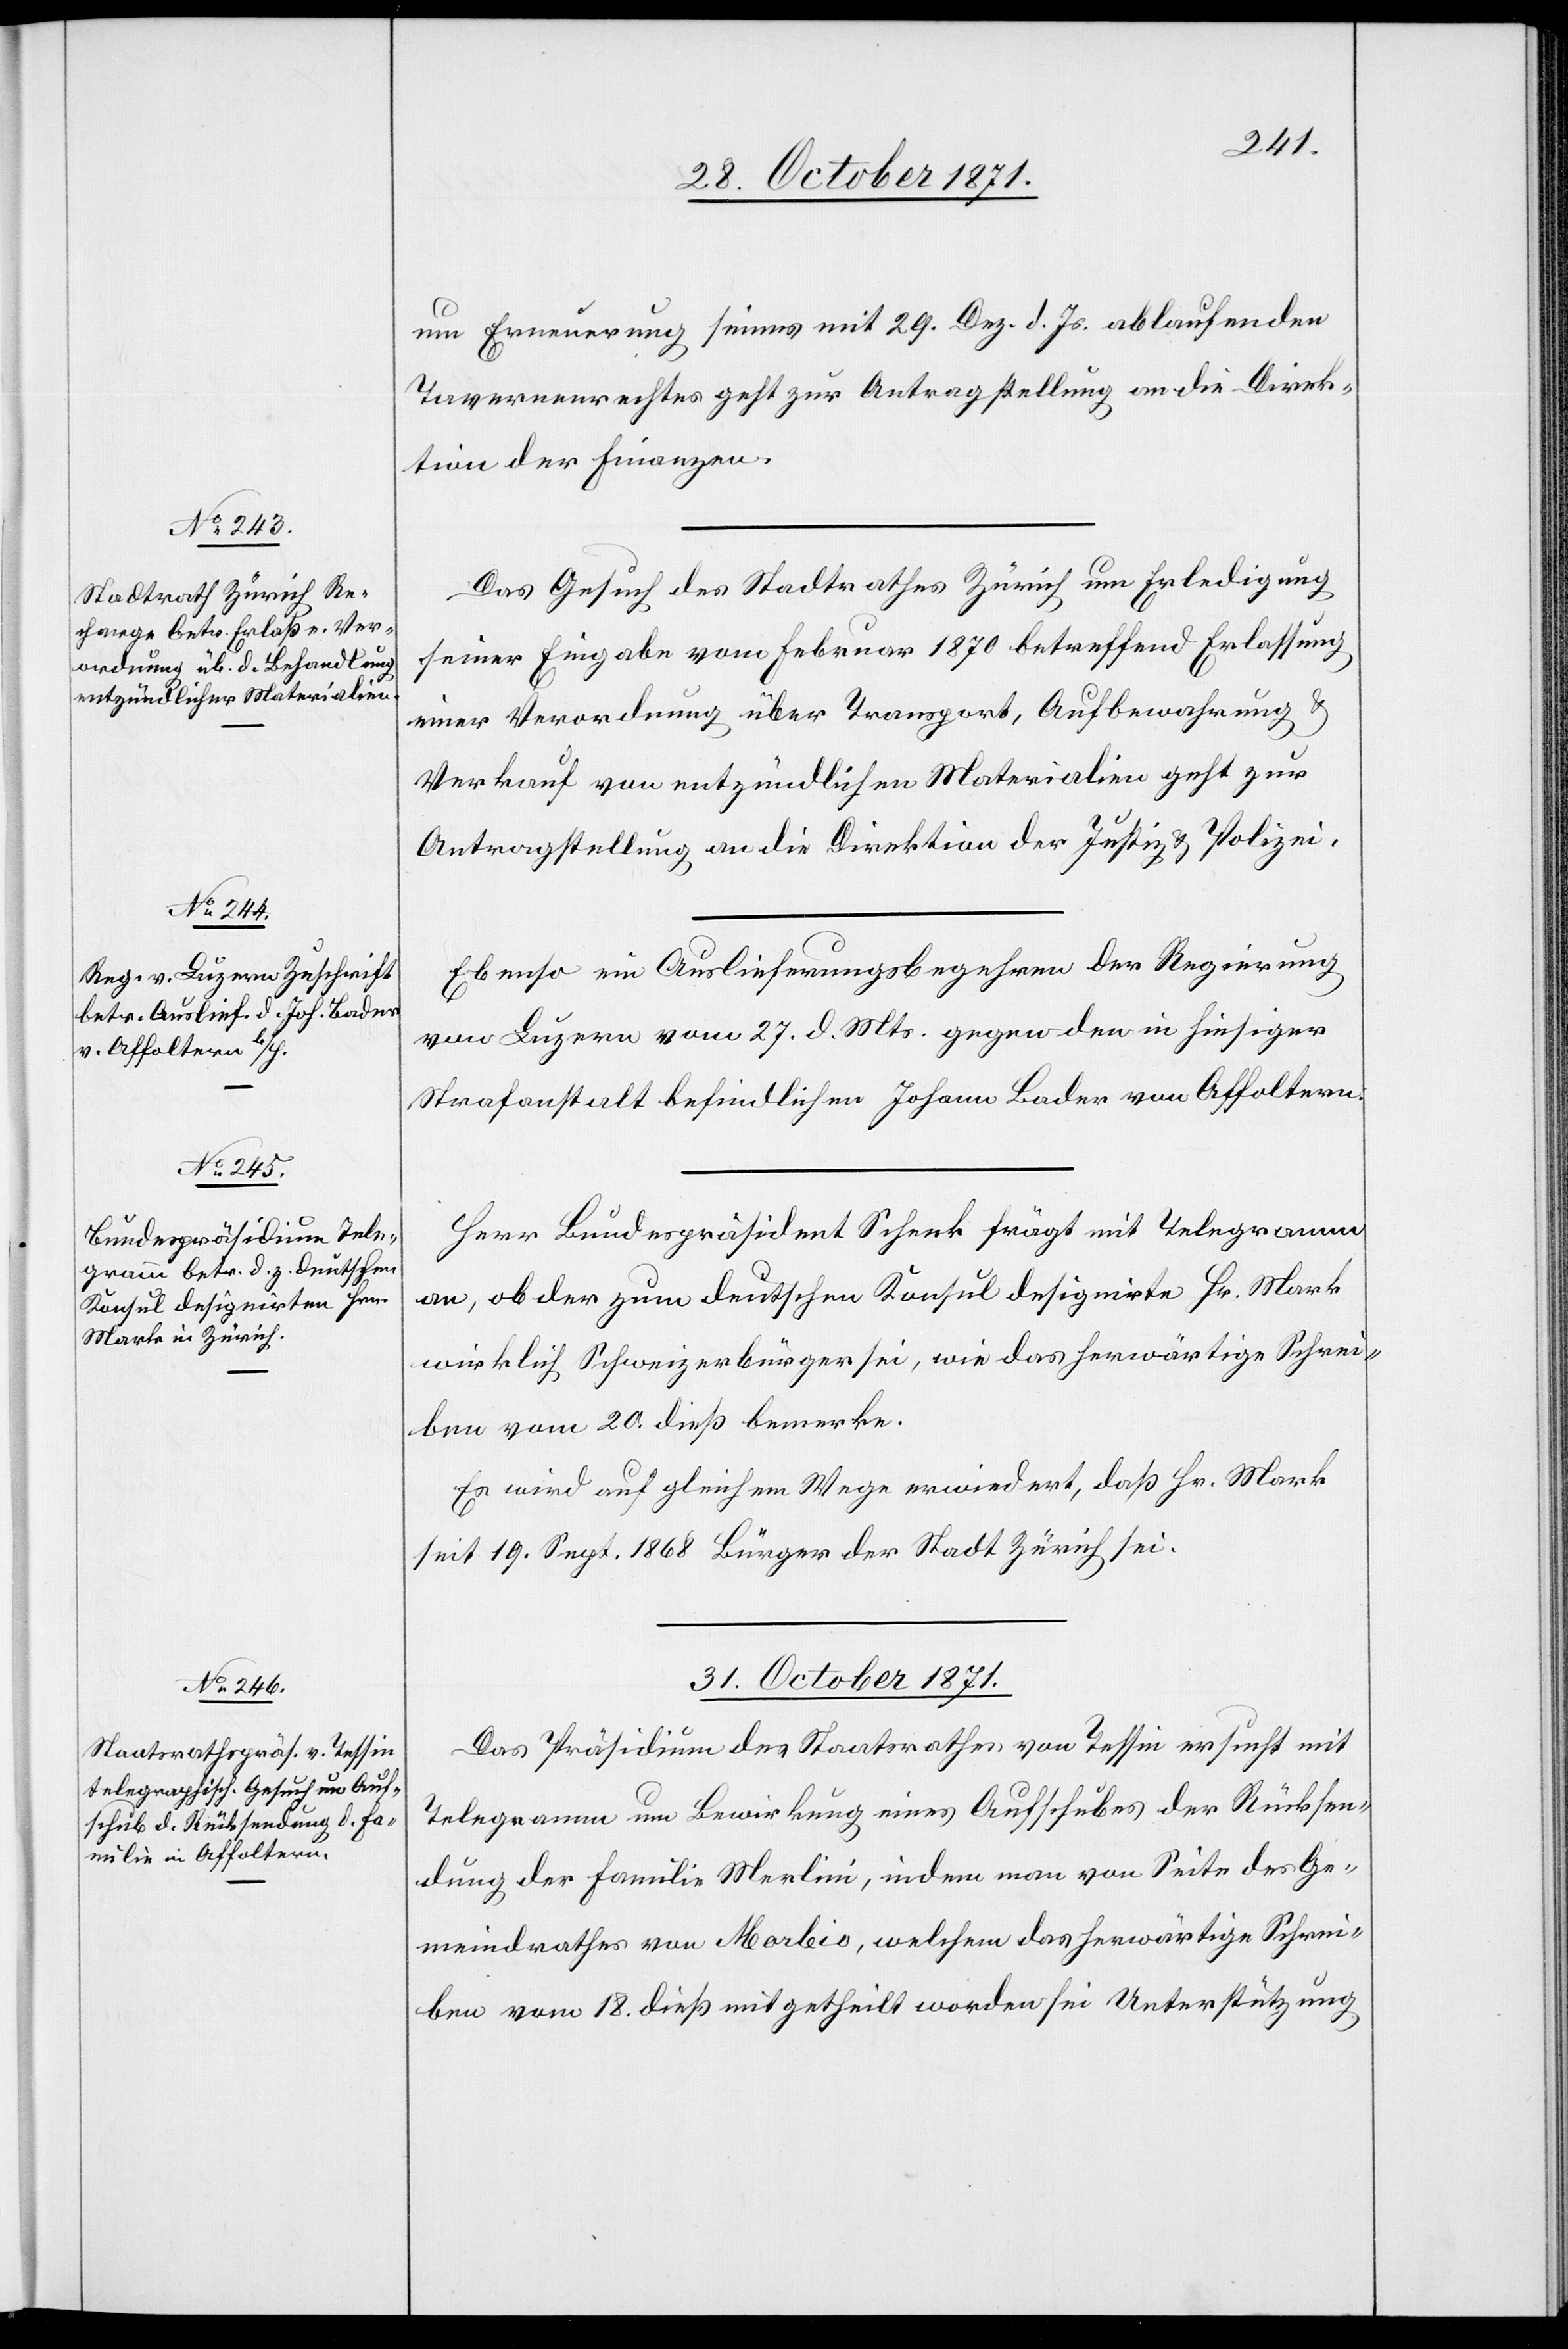
30. October 1871.]
um Erneuerung seines mit 29. Dez. d. Js. ablaufenden
Tavernenrechtes geht zur Antragstellung an die Direk¬
tion der Finanzen.
Das Gesuch des Stadtrathes Zürich um Erledigung
seiner Eingabe vom Februar 1870 betreffend Erlassung
einer Verordnung über Transport, Aufbewahrung &
Verkauf von entzündlichen Materialien geht zur
Antragstellung an die Direktion der Justiz & Polizei.
Ebenso ein Auslieferungsbegehren der Regierung
von Luzern vom 27. d. Mts. gegen den in hiesiger
Strafanstalt befindlichen Johann Bader von Affoltern.
Herr Bundespräsident Schenk frägt mit Telegramm
an, ob der zum deutschen Konsul designirte Hr. Mark
wirklich Schweizerbürger sei, wie das herwärtige Schrei¬
ben vom 20. dieß bemerke.
Es wird auf gleichem Wege erwiedert, daß Hr. Mark
seit 19. Sept. 1868 Bürger der Stadt Zürich sei.
31. October 1871.
Das Präsidium des Staatsrathes von Tessin ersucht mit
Telegramm um Bewirkung eines Aufschubes der Rücksen¬
dung der Familie Martini, indem man von Seite des Ge¬
meindrathes von Morbio, welchem das herwärtige Schrei¬
ben vom 18. dieß mitgetheilt worden sei Unterstützung